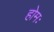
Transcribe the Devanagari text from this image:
होमः